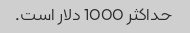
حداکثر 1000 دلار است.